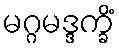
မဂ္ဂမဒ္ဒက္ခိံ